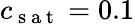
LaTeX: c_{\mathrm{~s~a~t~}}=0.1